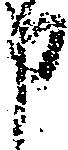
申